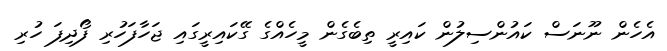
އެހެން ނޫނަސް ކައުންސިލުން ކައިރީ ތިބެގެން މީހެއްގެ ގޭކައިރީގައި ޖަހާފަހުރި ފޯދިފަ ހުރި